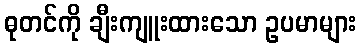
ဓုတင်ကို ချီးကျူးထားသော ဥပမာများ